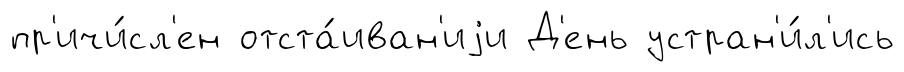
пр'ичи́сл'ен отста́иван'иjи Д'ень устран'и́л'ись